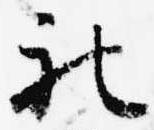
被